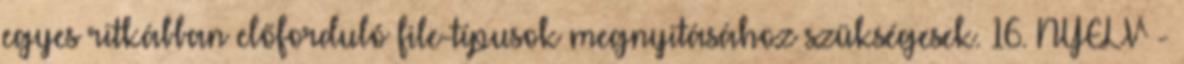
egyes ritkábban előforduló file-típusok megnyitásához szükségesek. 16. NYELV -